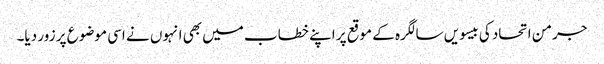
جرمن اتحاد کی بیسویں سالگرہ کے موقع پر اپنے خطاب میں بھی انہوں نے اسی موضوع پر زور دیا۔